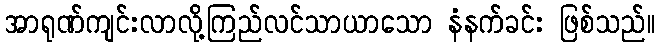
အာရုဏ်ကျင်းလာလို့ကြည်လင်သာယာသော နံနက်ခင်း ဖြစ်သည်။